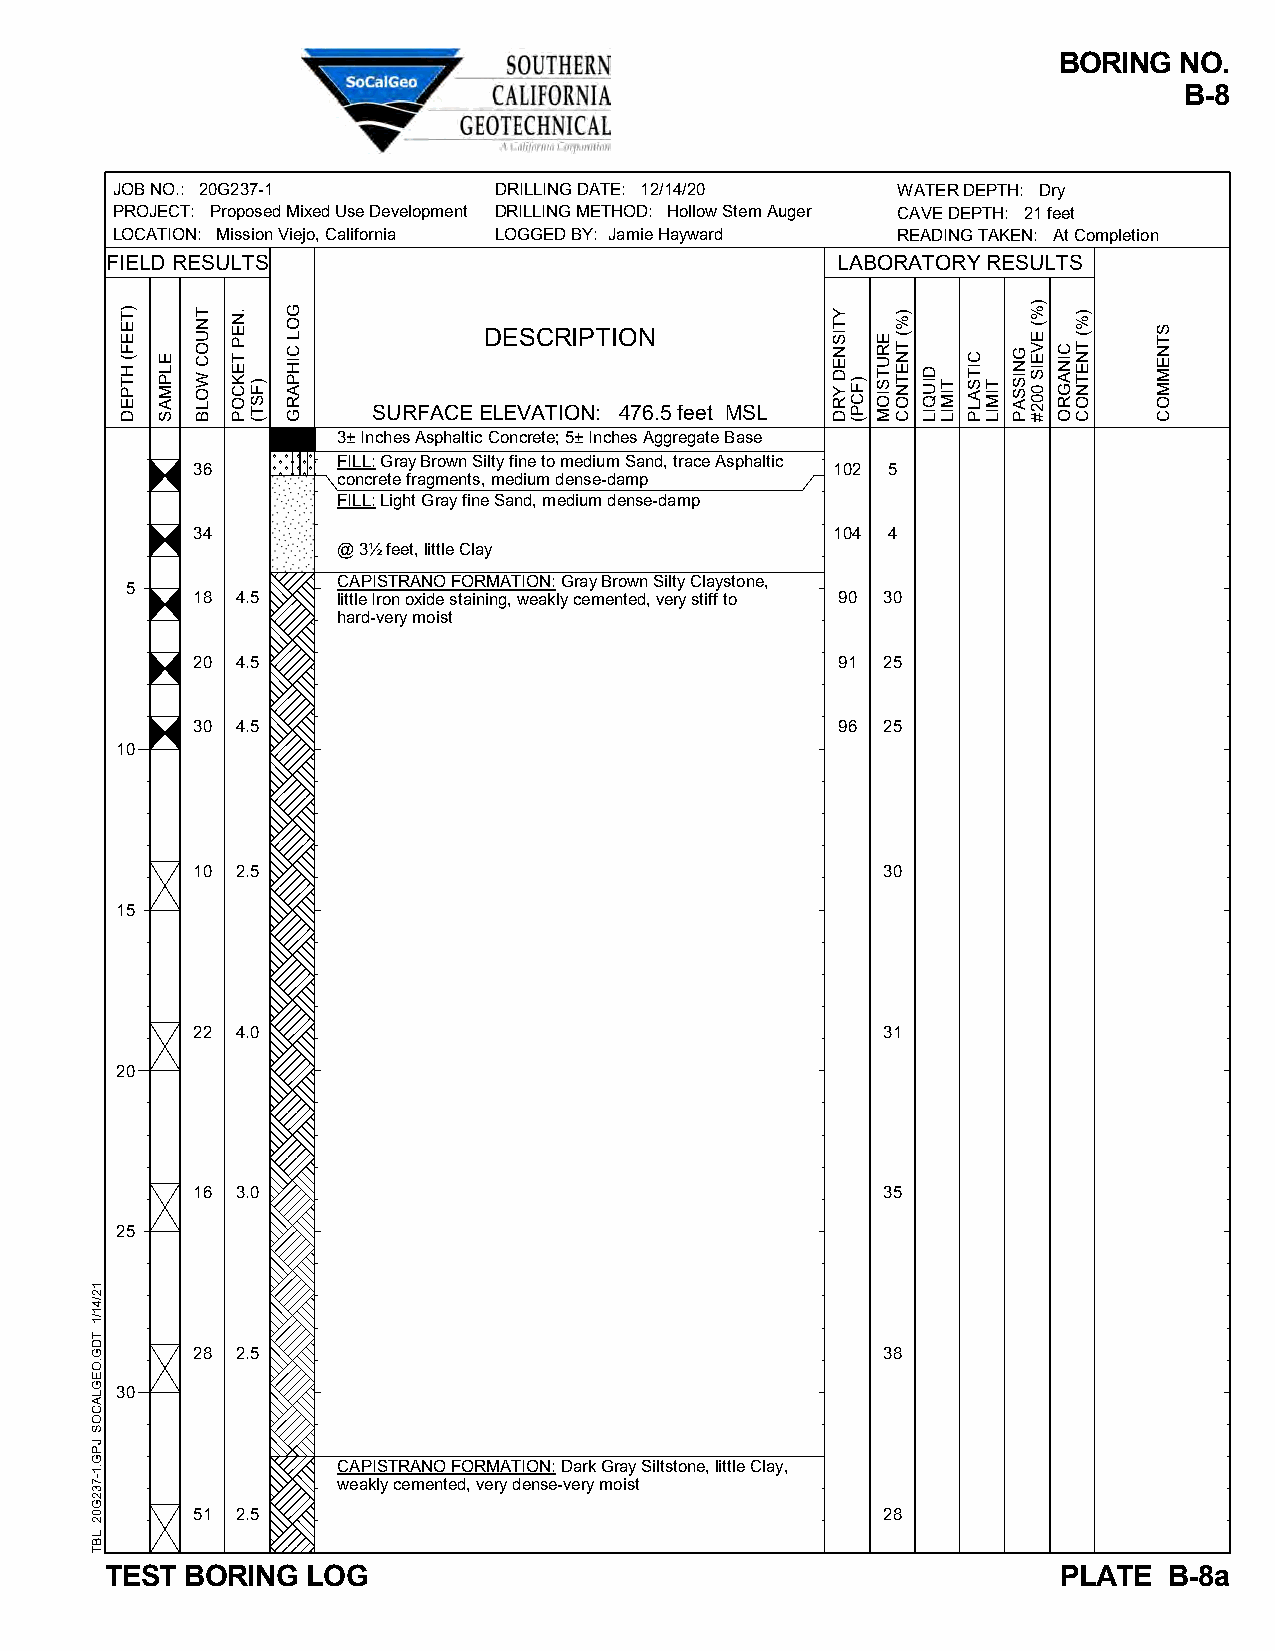
BORING  NO.
 B-8
 JOB NO.: 20G237-1         DRILLING DATE: 12/14/20   WATER DEPTH: Dry
 PROJECT: Proposed Mixed Use Development DRILLING METHOD: Hollow Stem Auger CAVE DEPTH: 21 feet
 LOCATION: Mission Viejo, California LOGGED BY: Jamie Hayward READING TAKEN: At Completion
 FIELD RESULTS                                   LABORATORY RESULTS
 DESCRIPTION
 SURFACE ELEVATION: 476.5 feet MSL
 3± Inches Asphaltic Concrete; 5± Inches Aggregate Base
 FILL: Gray Brown Silty fine to medium Sand, trace Asphaltic
 36                                        102 5
 concrete fragments, medium dense-damp
 FILL: Light Gray fine Sand, medium dense-damp
 34                                        104 4
 @ 3½ feet, little Clay
 CAPISTRANO FORMATION: Gray Brown Silty Claystone,
 5
 18 4.5   little Iron oxide staining, weakly cemented, very stiff to 90 30
 hard-very moist
 20 4.5                                    91 25
 30 4.5                                    96 25
 10
 10 2.5                                       30
 15
 22 4.0                                       31
 20
 16 3.0                                       35
 25
 28 2.5                                       38
 30
 CAPISTRANO FORMATION: Dark Gray Siltstone, little Clay,
 weakly cemented, very dense-very moist
 51 2.5                                       28
 TEST BORING  LOG                                               PLATE  B-8a
 12/41/1
 TDG.OEGLACOS
 JPG.1-732G02
 LBT
 )TEEF(
 HTPED
 ELPMAS
 TNUOC
 WOLB
 .NEP
 TEKCOP
 )FST(
 GOL
 CIHPARG
 YTISNED
 YRD )FCP(
 ERUTSIOM
 )%(
 TNETNOC
 DIUQIL
 TIMIL
 CITSALP
 TIMIL
 GNISSAP
 )%(
 EVEIS
 002#
 CINAGRO
 )%(
 TNETNOC
 STNEMMOC